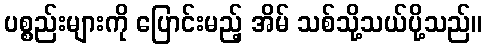
ပစ္စည်းများကို ပြောင်းမည့် အိမ် သစ်သို့သယ်ပို့သည်။